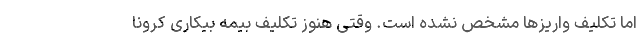
اما تکلیف واریزها مشخص نشده است. وقتی هنوز تکلیف بیمه بیکاری کرونا